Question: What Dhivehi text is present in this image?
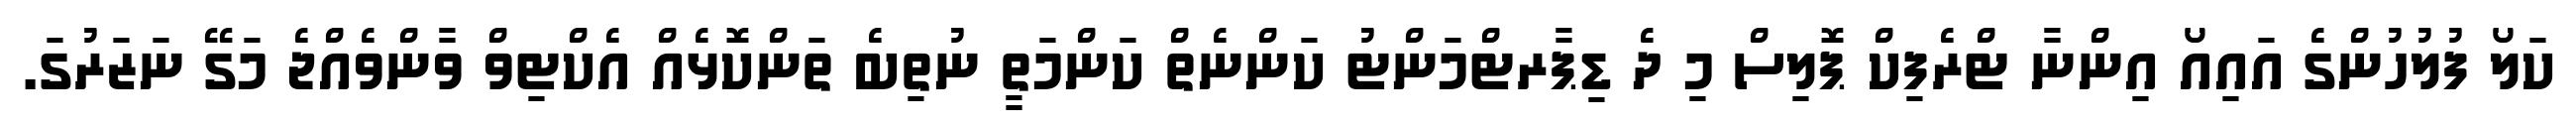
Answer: ކަލޯ ފުލުހުންގެ އައިއޯ އިންނާ ޓްރެފިކް ޕޮލިސް މި ދެ ޑިޕާރޓްމަންޓު ކަންނެތް ކަންމަތީ ނުތިބެ ތަންކޮޅެއް އެކްޓިވް ވާންވެއްޖެ މަގޭ ނަޒަރުގަ.